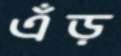
এঁড়